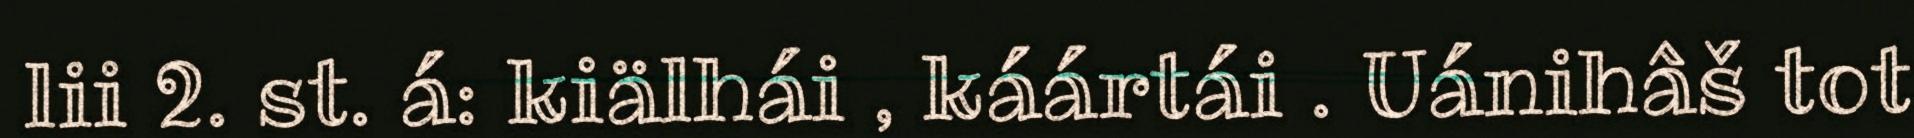
lii 2. st. á: kiälhái , káártái . Uánihâš tot